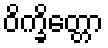
ဝိက္ခိတ္တော